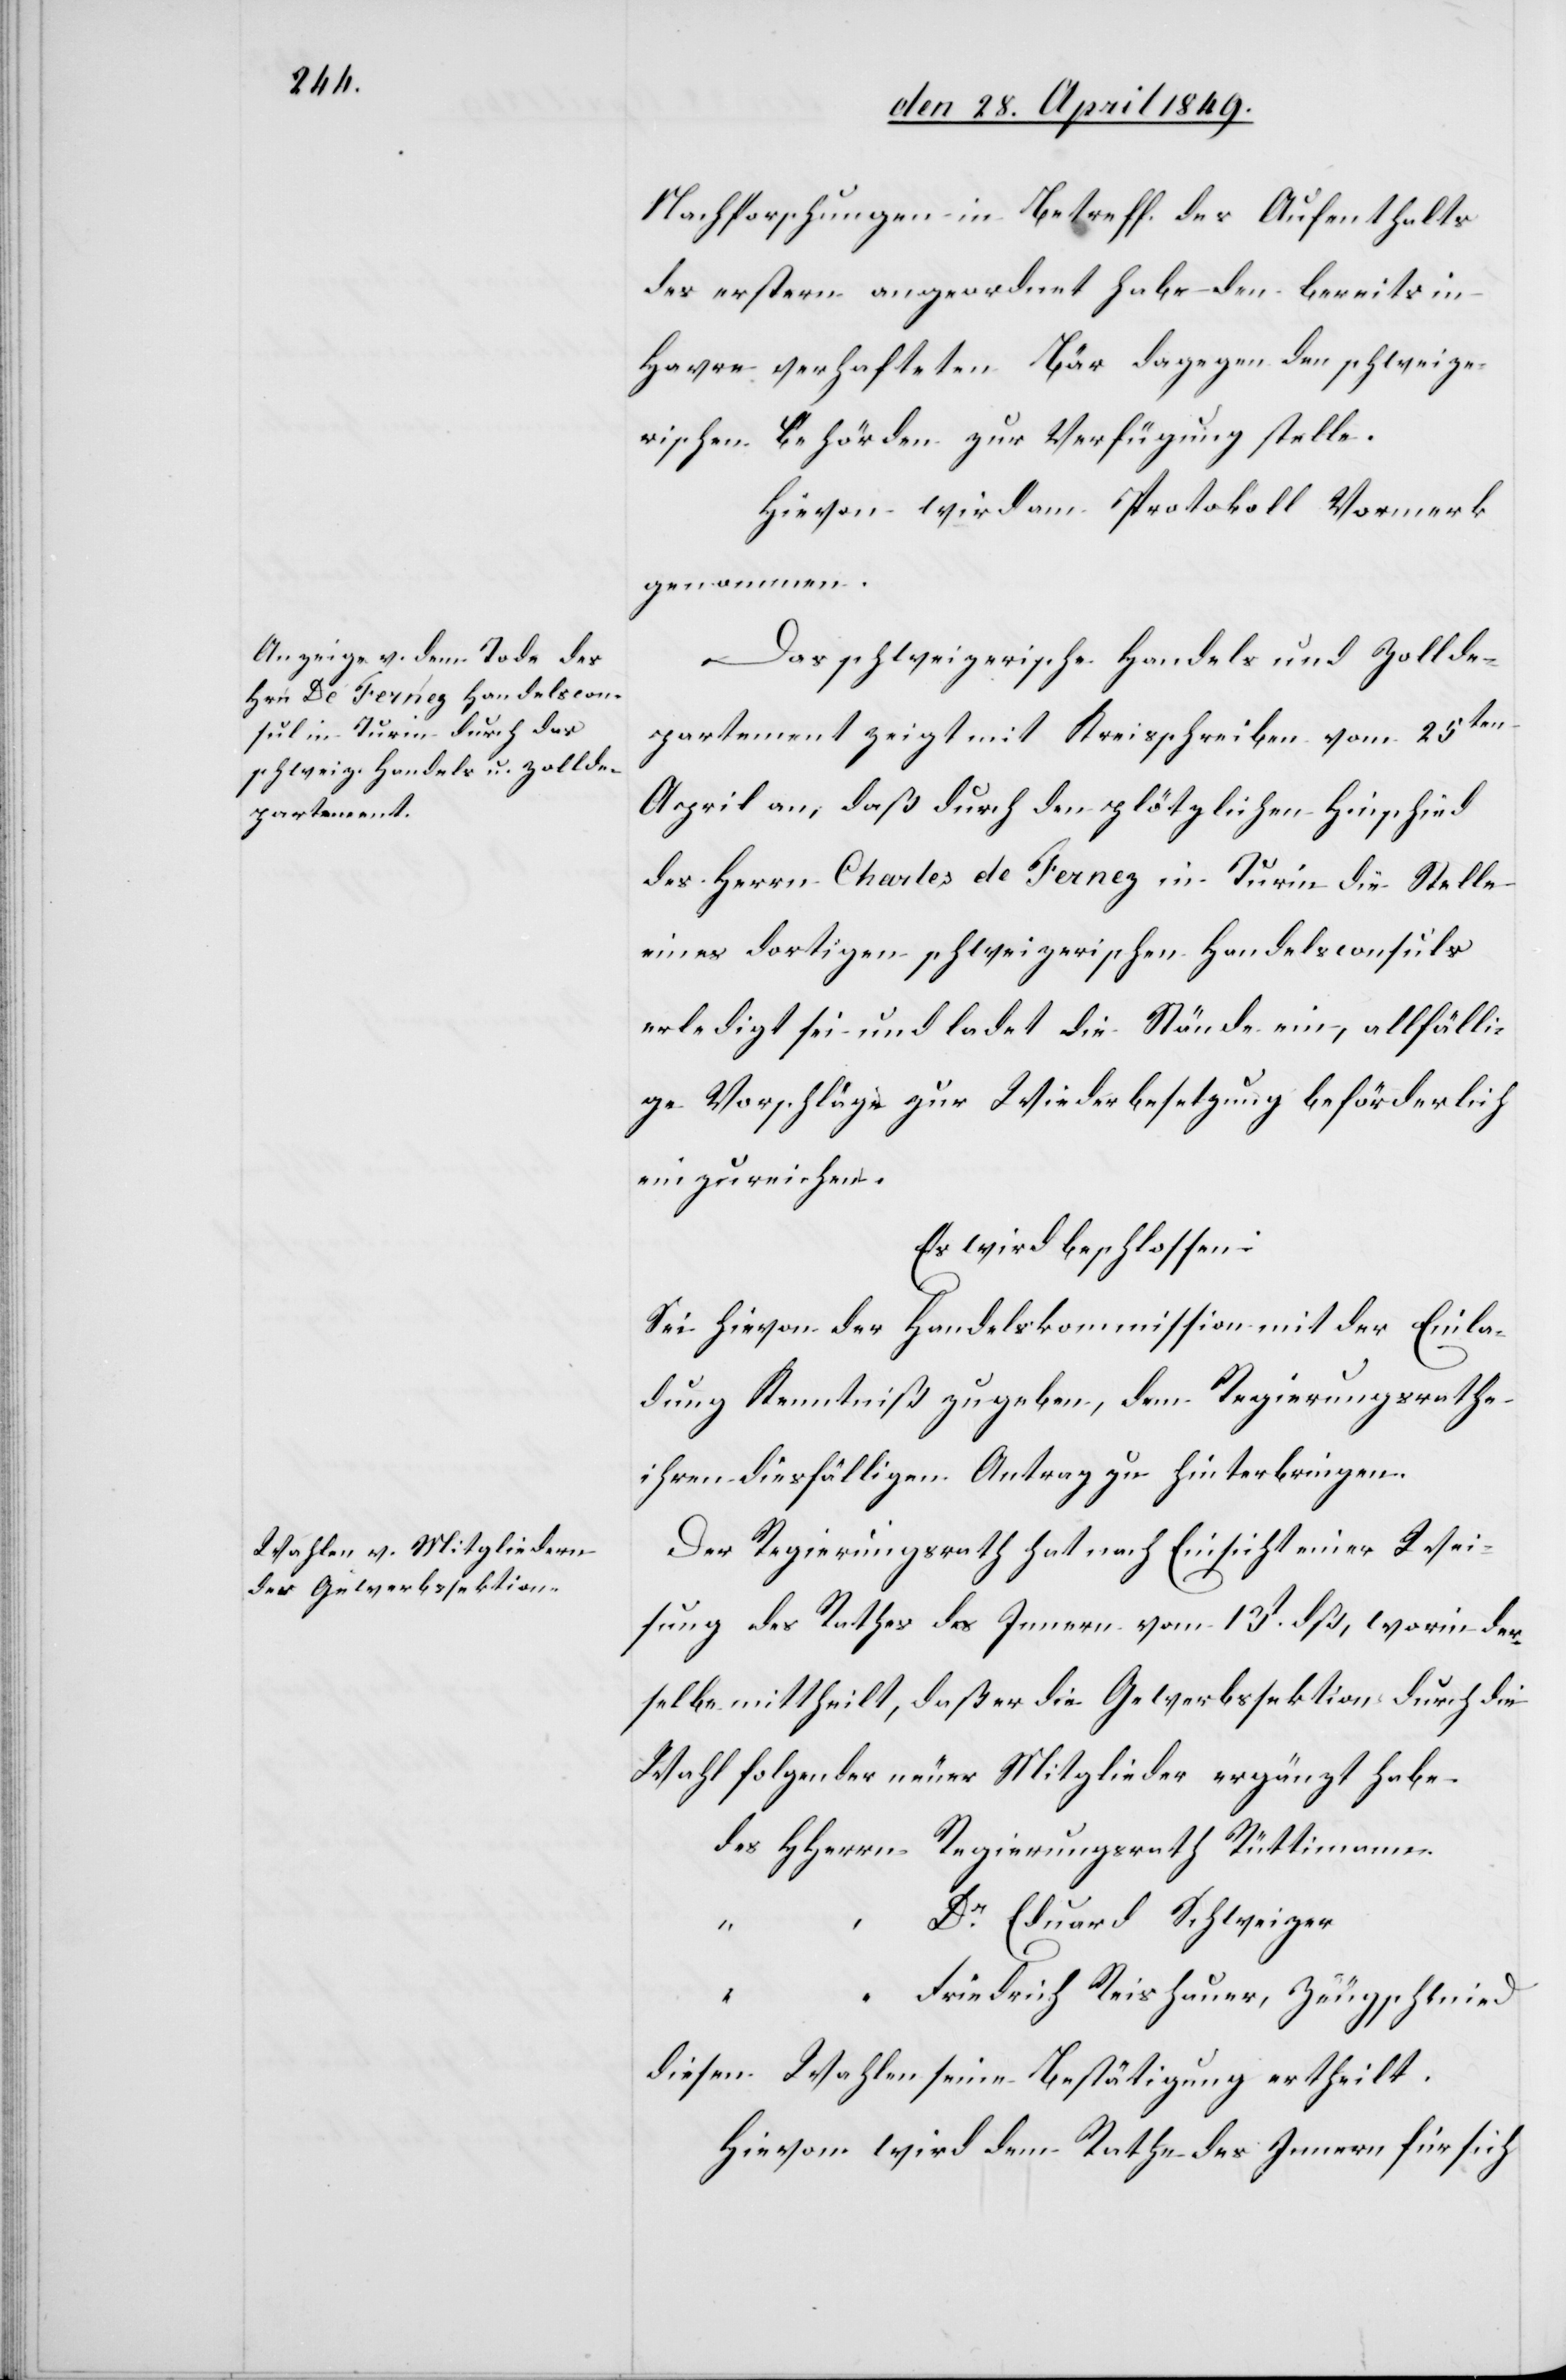
Nachforschungen in Betreff. des Aufenthalts
des erstern angeordnet habe den bereits in
Havre verhafteten Bär dagegen den schweize¬
rischen Behörden zur Verfügung stelle.
Hievon wird am Protokoll Vormerk
genommen.
Das schweizerische Handels[-] und Zollde¬
partement zeigt mit Kreisschreiben vom 25ten
April an, daß durch den plötzlichen Hinschied
des Herrn Charles de Fernez in Turin die Stelle
eines dortigen schweizerischen Handelsconsuls
erledigt sei und ladet die Stände ein, allfälli¬
ge Vorschläge zur Wiederbesetzung beförderlich
einzureichen.
Es wird beschlossen:
Sei hievon der Handelscommission mit der Einla¬
dung Kenntniß gegeben, dem Regierungsrathe
ihren diesfälligen Antrag zu hinterbringen.
Der Regierungsrath hat nach Einsicht einer Wei¬
sung des Rathes des Innern vom 13t dß, worin der¬
selbe mittheilt, daß er die Gewerbssektion durch die
Wahl folgender neuer Mitglieder erzeugt habe.
des HHerrn	Regierungsrath Rüttimann
“		Dr Eduard Schweizer
“		Friedrich Reishauer, Zeugschmied
diesen Wahlen seine Bestätigung ertheilt.
Hievon wird dem Rathe des Innern für sich